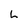
Character: h